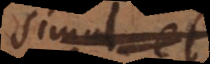
simul et,